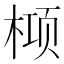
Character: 𬃛